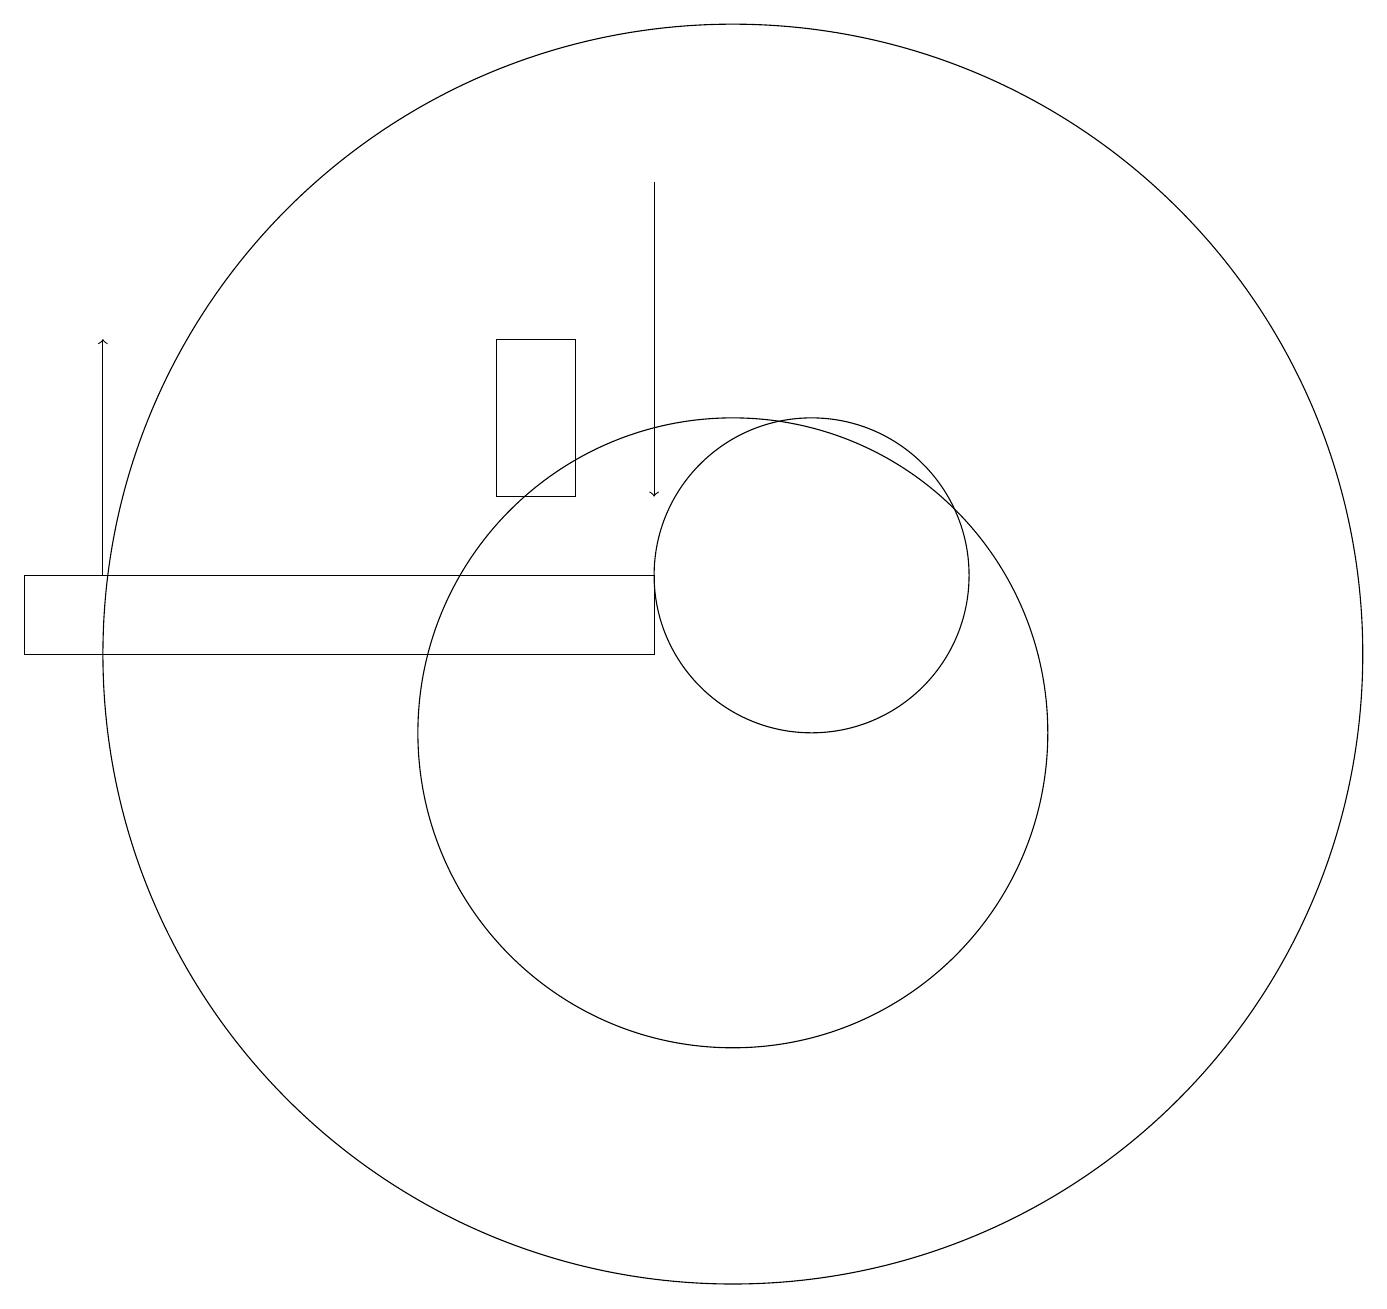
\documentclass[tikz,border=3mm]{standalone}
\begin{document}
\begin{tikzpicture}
\draw[->] (2,12) -- (2,15);
\draw (9,11) rectangle (1,12);
\draw (10,11) circle (8);
\draw (10,10) circle (4);
\draw[->] (9,17) -- (9,13);
\draw (11,12) circle (2);
\draw (8,13) rectangle (7,15);
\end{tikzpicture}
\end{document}